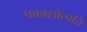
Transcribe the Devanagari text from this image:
प्रकाशोत्पत्ति